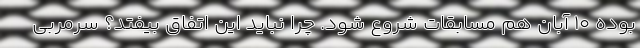
بوده 10 آبان هم مسابقات شروع شود. چرا نباید این اتفاق بیفتد؟ سرمربی